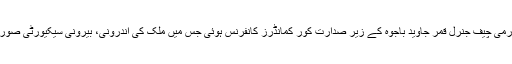
پاک فوج کے شعبہ تعلقات عامہ (آئی ایس پی آر) کے مطابق آرمی چیف جنرل قمر جاوید باجوہ کے زیر صدارت کور کمانڈرز کانفرنس ہوئی جس میں ملک کی اندرونی، بیرونی سیکیورٹی صورتحال، قومی سلامتی اور جیو سٹریٹجک حالات کا جائزہ لیا گیا۔